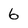
Character: 6